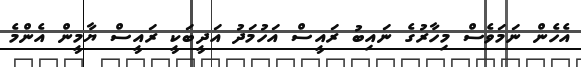
އެހެން ނަމަވެސް މިހާރުގެ ނައިބު ރައީސް އަހުމަދު އަދީބަކީ ރައީސް ޔާމީން އެންމެ